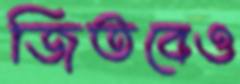
জিতবেও